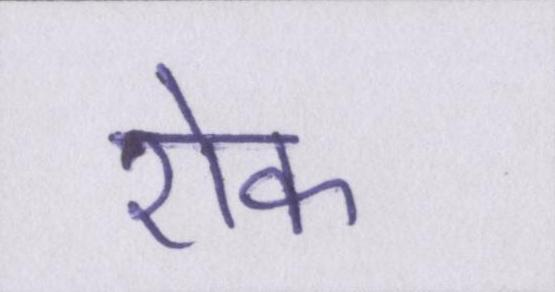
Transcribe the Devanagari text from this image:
रोक